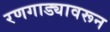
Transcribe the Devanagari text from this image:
रणगाड्यावरून